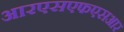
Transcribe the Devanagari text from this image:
आरएसएफएसआर